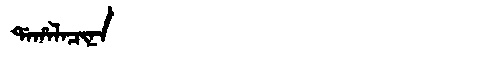
Manchu: ᡩᠠᡥᠠᠯᠠᠴᡳᠨᠠ
Romanization: DAHALACINA